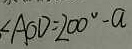
\angle A O D = 2 0 0 ^ { \circ } - a